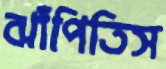
ঝাঁপিতিস